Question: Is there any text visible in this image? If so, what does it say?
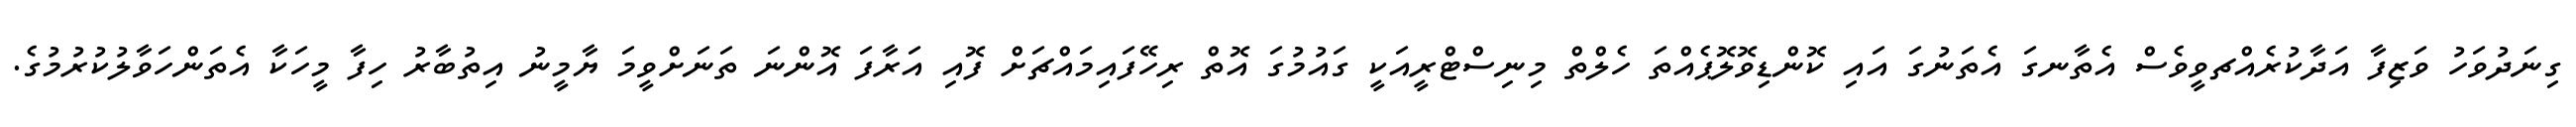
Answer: ގިނަދުވަހު ވަޒިފާ އަދާކުރެއްޗވީވެސް އެތާނގަ އެތަނުގަ އައި ކޮންޑިވޮލޮޕެއްތަ ހެލްތް މިނިސްޓްރީއަކީ ގައުމުގަ އޮތް ރިހޭފައިމައްޗަށް ފޮއި އަރާފަ އޮންނަ ތަނަށްވީމަ ޔާމީނު އިތުބާރު ހިފާ މީހަކާ އެތަންހަވާލުކުރުމުގެ.